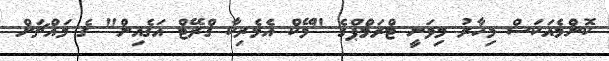
ކޮންމެއަކަސް މިހާރު މިވަނީ ޓްރަމްޕްގެ "މޭކް އެމެރިކާ ގްރޭޓް އަގެއިން" ގެ މައްޗަށް